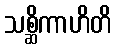
သစ္ဆိကာဟိတိ